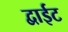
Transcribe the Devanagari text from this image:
द्वाईट